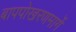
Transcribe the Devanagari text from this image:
बापपोखरणमार्गे